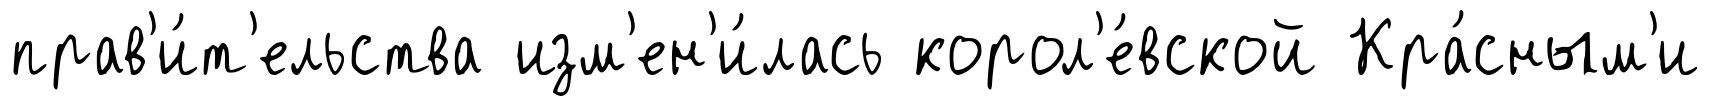
прав'и́т'ельства изм'ен'и́лась корол'е́вской Кра́сным'и